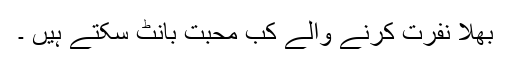
بھلا نفرت کرنے والے کب محبت بانٹ سکتے ہیں ۔